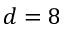
d = 8